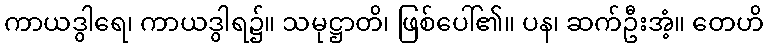
ကာယဒွါရေ၊ ကာယဒွါရ၌။ သမုဋ္ဌာတိ၊ ဖြစ်ပေါ်၏။ ပန၊ ဆက်ဦးအံ့။ တေဟိ